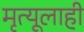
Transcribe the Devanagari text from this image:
मृत्यूलाही